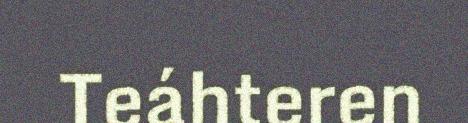
Teáhteren